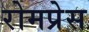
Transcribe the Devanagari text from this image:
रोमप्रेस